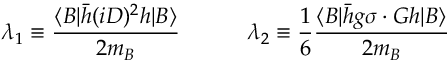
\lambda _ { 1 } \equiv \frac { \langle B | \bar { h } ( i D ) ^ { 2 } h | B \rangle } { 2 m _ { B } } \qquad \quad \lambda _ { 2 } \equiv \frac { 1 } { 6 } \frac { \langle B | \bar { h } g \sigma \cdot G h | B \rangle } { 2 m _ { B } }